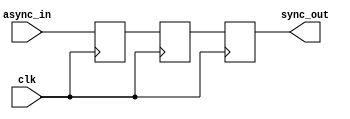
module cascade_synchronizer (
    input wire async_in,           // Asynchronous input signal
    input wire clk,                // Clock signal
    output reg sync_out            // Synchronized output signal
);

reg [3:0] stage1;
reg [3:0] stage2;
reg [3:0] stage3;

always @(posedge clk) begin
    stage1 <= async_in;
    stage2 <= stage1;
    stage3 <= stage2;
end

assign sync_out = stage3;
endmodule